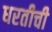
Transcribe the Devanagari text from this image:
धरतीची